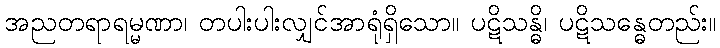
အညတရာရမ္မဏာ၊ တပါးပါးလျှင်အာရုံရှိသော။ ပဋိသန္ဓိ၊ ပဋိသန္ဓေတည်း။